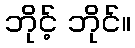
ဘိုင့် ဘိုင်။